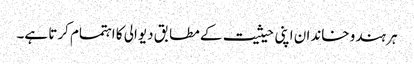
ہر ہندو خاندان اپنی حیثیت کے مطابق دیوالی کا اہتمام کرتا ہے۔